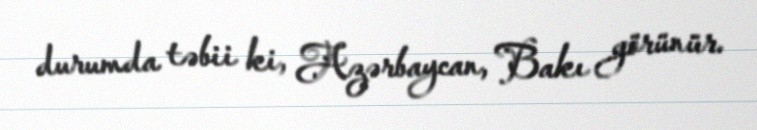
durumda təbii ki, Azərbaycan, Bakı görünür.